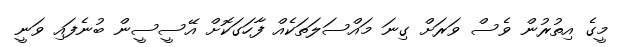
މީގެ އިތުރުން ވެސް ވަރަށް ގިނަ މައްސަލަތަކެއް ފާހަގަކޮށް އޭސީސީން ބުނެފައި ވަނީ